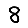
Digit: 8